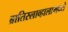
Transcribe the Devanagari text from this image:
ब्रातिस्लाव्हालामध्ये